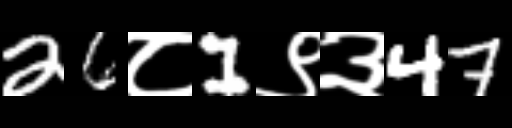
Text: 26८1९३47